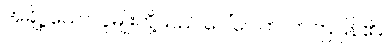
အချို့ သောလူမျိုးတို့သည် ပေါ်ပေါက်လာကြပြန်၏။